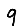
Digit: 9